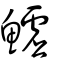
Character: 鱋